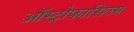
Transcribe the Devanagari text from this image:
ऑस्ट्रोफासिज्म